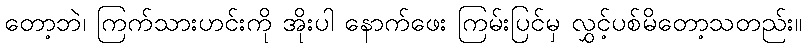
တော့ဘဲ၊ ကြက်သားဟင်းကို အိုးပါ နောက်ဖေး ကြမ်းပြင်မှ လွှင့်ပစ်မိတော့သတည်း။